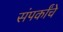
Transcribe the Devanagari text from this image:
संपर्कांचे